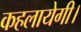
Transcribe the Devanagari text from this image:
कहलायेगी।